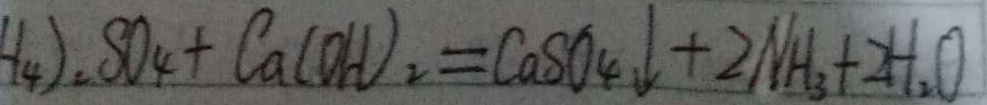
H _ { 4 } ) _ { 2 } S O _ { 4 } + C a ( O H ) _ { 2 } = C a S O _ { 4 } \downarrow + 2 N H _ { 3 } + 2 H _ { 2 } O